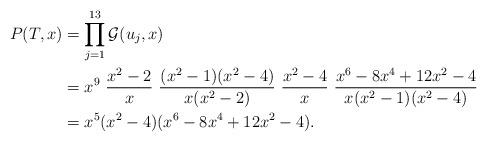
LaTeX: \begin{align*} P(T, x) &= \prod_{j = 1}^{13} \mathcal{G}(u_j, x)\\ &= x^9 \ \dfrac{x^2-2}{x} \ \dfrac{(x^2-1)(x^2-4)}{x(x^2-2)} \ \dfrac{x^2-4}{x} \ \dfrac{x^6 - 8x^4 + 12x^2 - 4}{x(x^2-1)(x^2-4)}\\ &= x^5 (x^2-4)(x^6 - 8x^4 + 12x^2 - 4) .\end{align*}